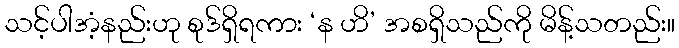
သင့်ပါအံ့နည်းဟု စုဒ်ရှိရကား ‘န ဟိ’ အစရှိသည်ကို မိန့်သတည်း။